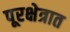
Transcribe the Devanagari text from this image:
पूरक्षेत्रात